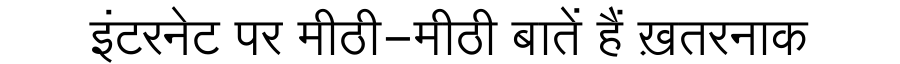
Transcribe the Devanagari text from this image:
इंटरनेट पर मीठी-मीठी बातें हैं ख़तरनाक